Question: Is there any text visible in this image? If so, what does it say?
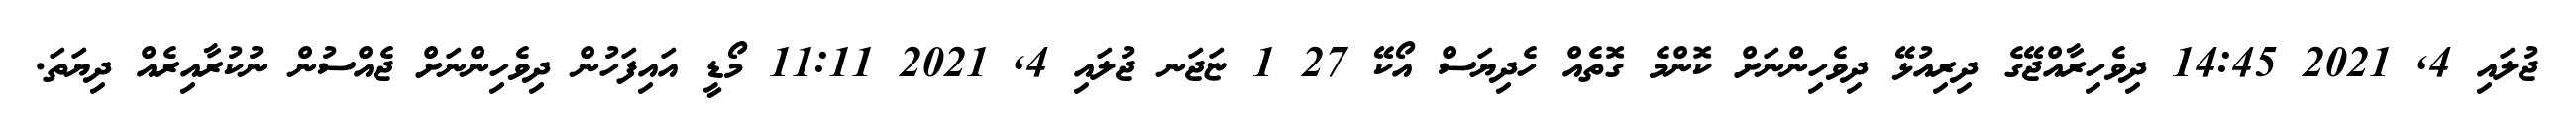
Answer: ޖުލައި 4, 2021 14:45 ދިވެހިރާއްޖޭގެ ދިރިއުޅޭ ދިވެހިންނަށް ކޮންމެ ގޮތެއް ހެދިޔަސް އޯކޭ 27 1 ޏަޖަނ ޖުލައި 4, 2021 11:11 މޯޑީ އައިފަހުން ދިވެހިންނަށް ޖެއްސުން ނުކުރާއިރެއް ދިޔަތަ.